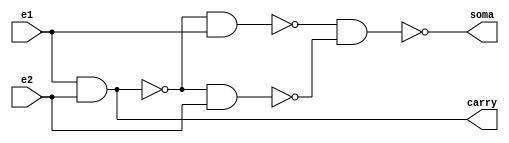
// Nome: Giselle Caroline Vieira
// Matrcula: 424649

module metodomeiasomanand(soma,carry,e1,e2);
output soma,carry;
input e1,e2;
wire temp1,temp2,temp3,temp4;

nand NAND1 (temp1,e1,e2);
nand NAND2 (temp2,temp1,e1);
nand NAND3 (temp3,temp1,e2);
nand NAND4 (soma,temp2,temp3);
nand NAND5 (temp4,e1,e2);
nand NAND6 (carry,temp4,temp4);

endmodule


module metodosomacompletanand(soma,carry,e1,e2,e3);

output soma,carry;
input e1,e2,e3;
wire temp1,temp2,temp3,tmp4,temp5;

metodomeiasomanand MEIASOMA1 (temp1,temp2,e1,e2);
metodomeiasomanand MEIASOMA2 (soma,temp3,temp1,e3);
nand NAND1(temp4,temp2,temp2); 
nand NAND2(temp5,temp3,temp3);
nand NAND3(carry,temp4,temp5);


endmodule


module metodosomacompleta3bits(soma,carry,e1,e2);

output [2:0]soma;
output carry;
input [2:0]e1,e2;
wire carry1,carry2;

metodomeiasomanand MEIASOMA1 (soma[0],carry1,e1[0],e2[0]);
metodosomacompletanand SOMACOMPLETA1 (soma[1],carry2,e1[1],e2[1],carry1);
metodosomacompletanand SOMACOMPLETA2 (soma[2],carry,e1[2],e2[2],carry2);

endmodule

module testsomador3bits;
reg [2:0]e1,e2;
wire [2:0]soma;
wire carry;
integer i,j;


metodosomacompleta3bits SOMACOMPLETA1 (soma,carry,e1,e2);

initial begin: start
		e1=0; e2=0;
end


	initial begin:main

		$display("Circuito Soma Completa com 3 bits ");
		#1 $display(" e1 +     e2 = carry  saida ");
		#1 $monitor(" %4b + %4b =   %b    %4b", e1,e2,carry,soma);

		for( i=0; i<=7; i = i+1 )
		begin
			e1 = i;
			for ( j=0; j<=7; j = j+1 )
			begin
				#1 e2 = j;
			end
		end

	end

endmodule